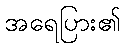
အရေပြား၏